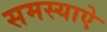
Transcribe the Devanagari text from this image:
समस्याऐ